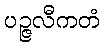
ပဉ္ဇလီကတံ